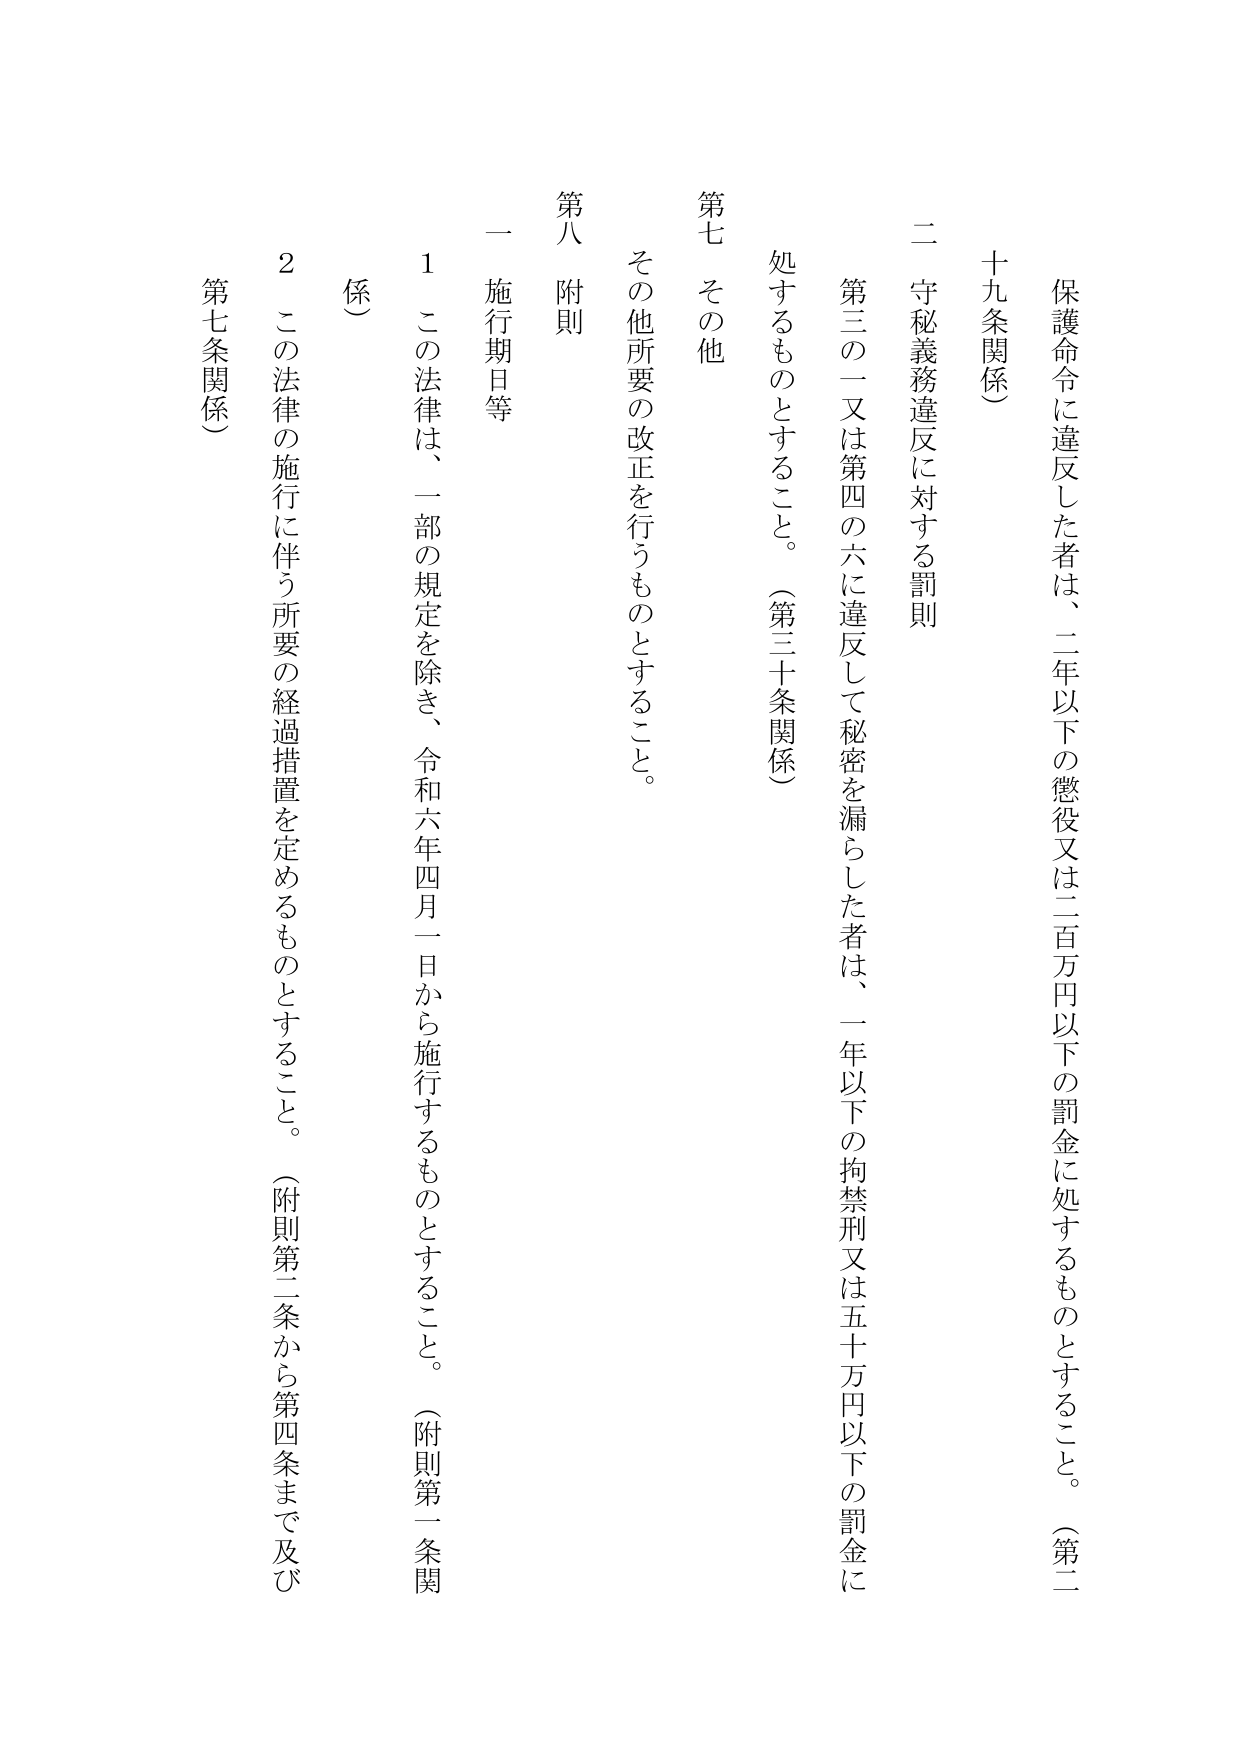
保護命令に違反した者は、二年以下の懲役又は二百万円以下の罰金に処するものとすること。（第二十九条関係）

二 守秘義務違反に対する罰則

第三の一又は第四の六に違反して秘密を漏らした者は、一年以下の拘禁刑又は五十万円以下の罰金に処するものとすること。（第三十条関係）

第七 その他

その他所要の改正を行うものとすること。

第八 附則

一 施行期日等

1 この法律は、一部の規定を除き、令和六年四月一日から施行するものとすること。（附則第一条関係）

2 この法律の施行に伴う所要の経過措置を定めるものとすること。（附則第二条から第四条まで及び第七条関係）